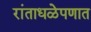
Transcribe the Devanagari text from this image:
रांताधळेपणात